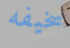
سخيفه